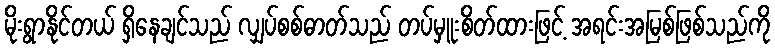
မိုးရွာနိုင်တယ် ရှိနေချင်သည် လျှပ်စစ်ဓာတ်သည် တပ်မှူးစိတ်ထားဖြင့် အရင်းအမြစ်ဖြစ်သည်ကို